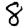
Digit: 8